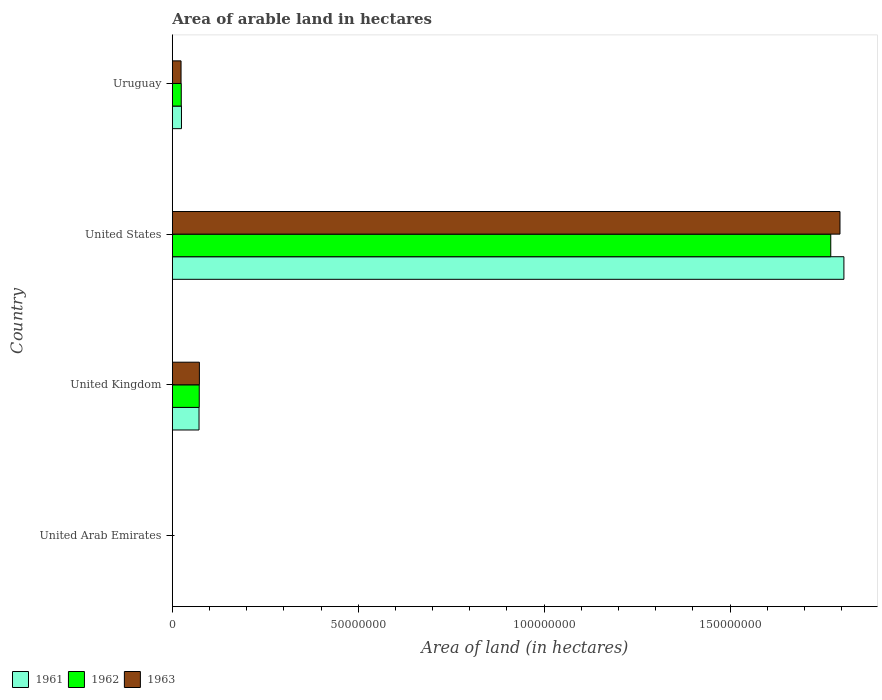
| Country | 1961 | 1962 | 1963 |
 | --- | --- | --- | --- |
 | United Arab Emirates | 5e+03 | 5e+03 | 5e+03 |
 | United Kingdom | 7.18e+06 | 7.24e+06 | 7.28e+06 |
 | United States | 1.81e+08 | 1.77e+08 | 1.8e+08 |
 | Uruguay | 2.45e+06 | 2.4e+06 | 2.34e+06 |